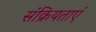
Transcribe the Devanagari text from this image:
संक्रियताएं